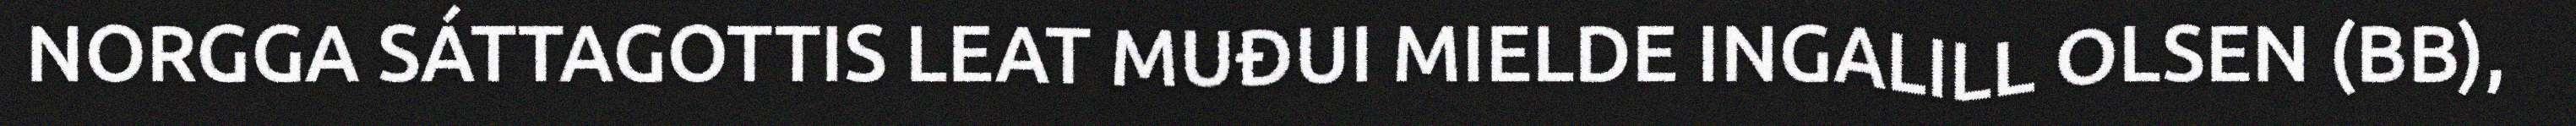
NORGGA SÁTTAGOTTIS LEAT MUĐUI MIELDE INGALILL OLSEN (BB),